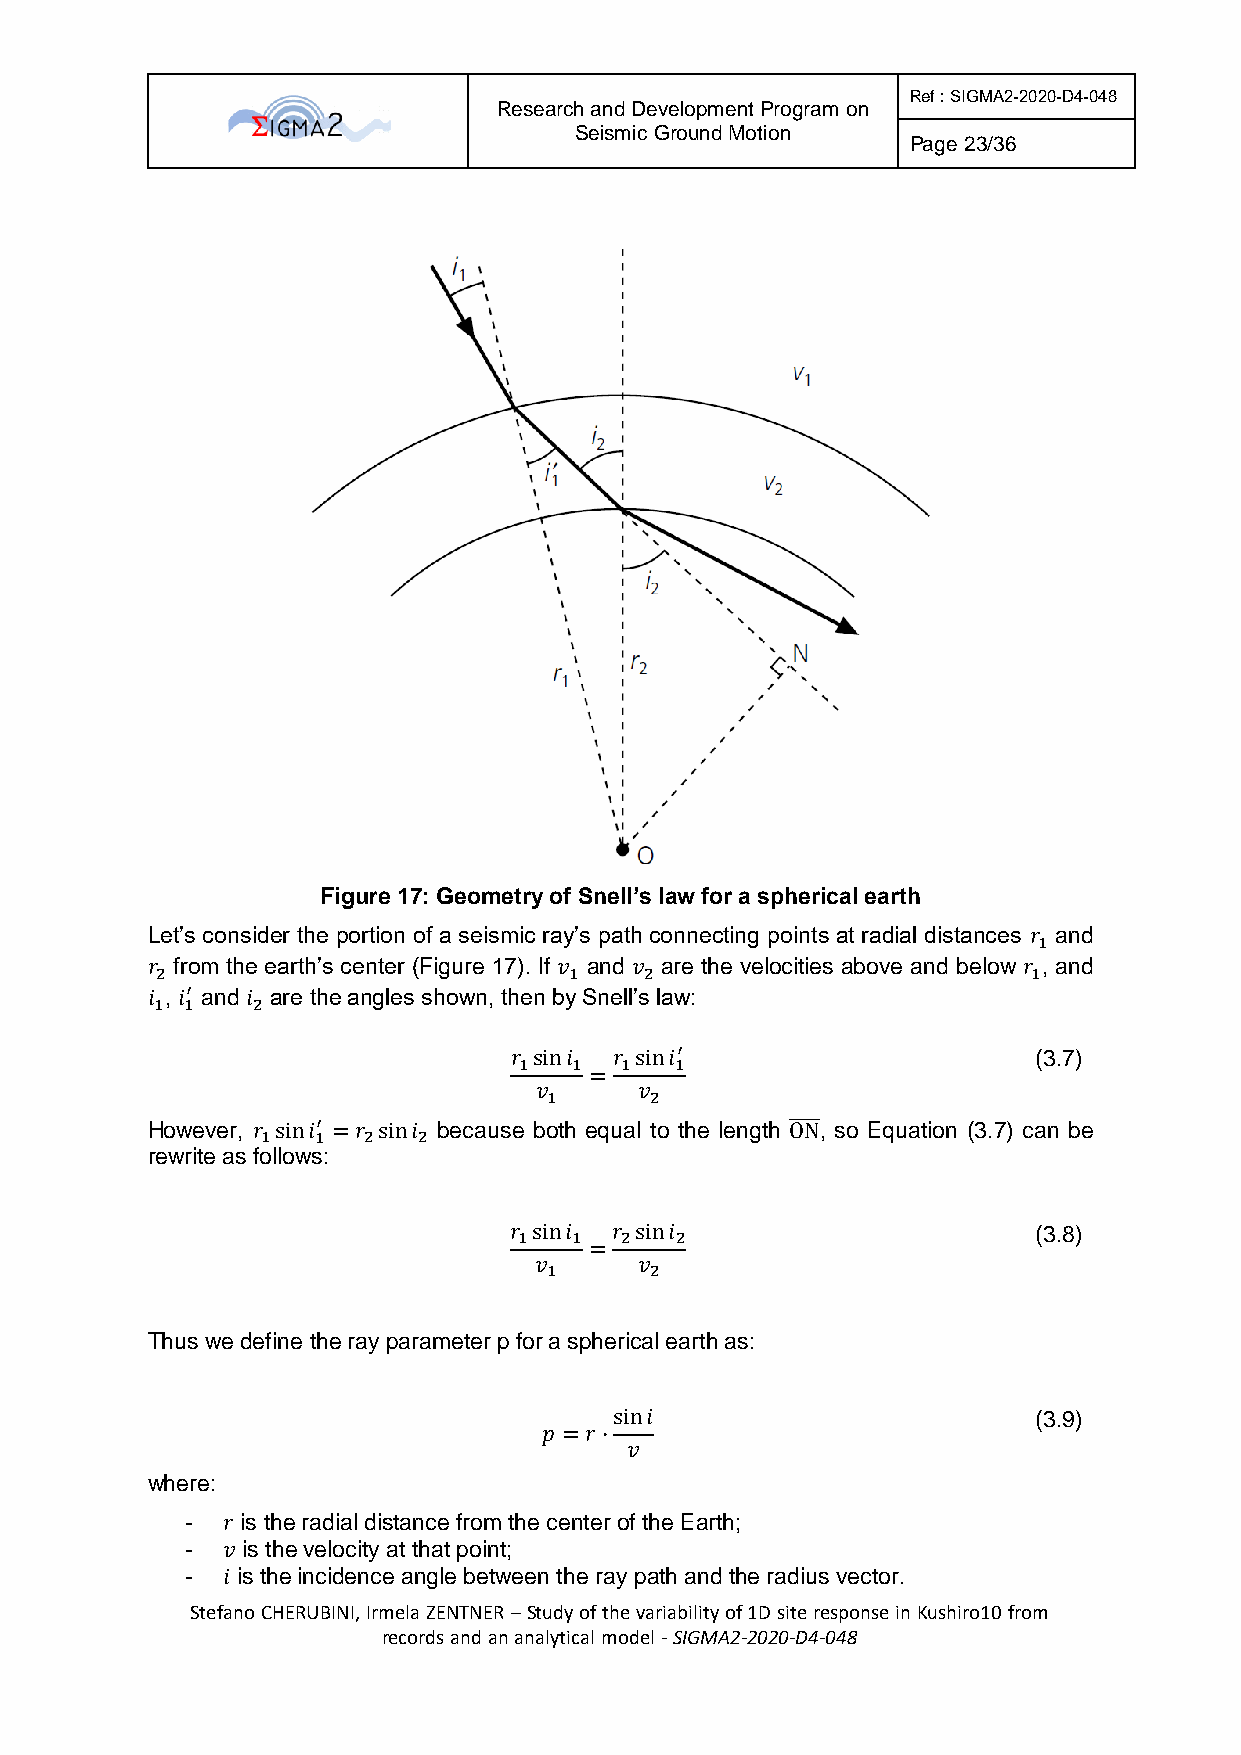
Ref : SIGMA2-2020-D4-048
 Research and Development Program on
 Seismic Ground Motion
 Page 23/36
 Figure 17: Geometry of Snell’s law for a spherical earth
 Let’s consider the portion of a seismic ray’s path connecting points at radial distances 𝑟 and
 1
 𝑟 from the earth’s center (Figure 17). If 𝑣 and 𝑣 are the velocities above and below 𝑟 , and
 2                           1    2                        1
 𝑖 , 𝑖′ and 𝑖 are the angles shown, then by Snell’s law:
 1 1    2
 𝑟 sin𝑖 𝑟 sin𝑖′                     (3.7)
 1   1  1   1
 =
 𝑣      𝑣
 1      2
 However, 𝑟 sin𝑖′ = 𝑟 sin𝑖 because both equal to the length O̅̅̅N̅, so Equation (3.7) can be
 1   1  2   2
 rewrite as follows:
 𝑟 sin𝑖 𝑟 sin𝑖                      (3.8)
 1   1  2   2
 =
 𝑣      𝑣
 1      2
 Thus we define the ray parameter p for a spherical earth as:
 sin𝑖                        (3.9)
 𝑝 = 𝑟⋅
 𝑣
 where:
 -  𝑟 is the radial distance from the center of the Earth;
 -  𝑣 is the velocity at that point;
 -  𝑖 is the incidence angle between the ray path and the radius vector.
 Stefano CHERUBINI, Irmela ZENTNER – Study of the variability of 1D site response in Kushiro10 from
 records and an analytical model - SIGMA2-2020-D4-048